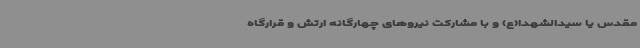
مقدس یا سیدالشهدا(ع) و با مشارکت نیروهای چهارگانه ارتش و قرارگاه